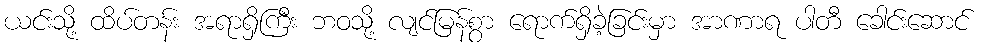
ယင်းသို့ ထိပ်တန်း အရာရှိကြီး ဘဝသို့ လျင်မြန်စွာ ရောက်ရှိခဲ့ခြင်းမှာ အာဏာရ ပါတီ ခေါင်းဆောင်